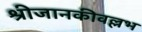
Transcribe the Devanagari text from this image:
श्रीजानकीवल्लभ